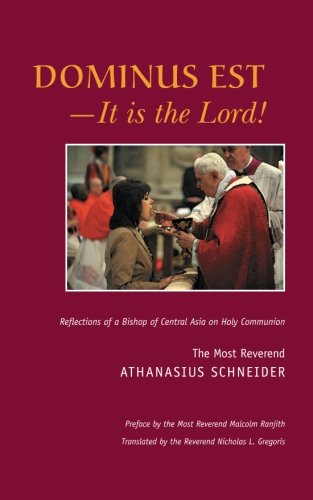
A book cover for Dominus Est EE It Is the Lord! Reflections of a Bishop of Central Asia on Holy Communion; Rev. Athanasius Schneider; Christian Books & Bibles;